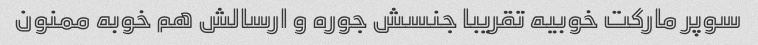
سوپر مارکت خوبیه تقریبا جنسش جوره و ارسالش هم خوبه ممنون